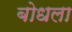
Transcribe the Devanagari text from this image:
बोधला